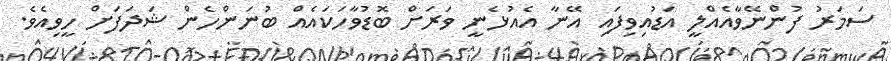
ސަމަރު ފުންނޭވާއެއްލީ އަޑުއިވިފައި އޭނާ އެއުޅެނީ ވަރަށް ބޮޑުވާހަކައެއް ބުނަންހެން ޝަދަފަށް ހީވިއެވެ.